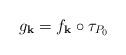
LaTeX: \begin{align*}g_{\mathbf{k}}= f_{\mathbf{k}} \circ \tau_{P_0}\end{align*}